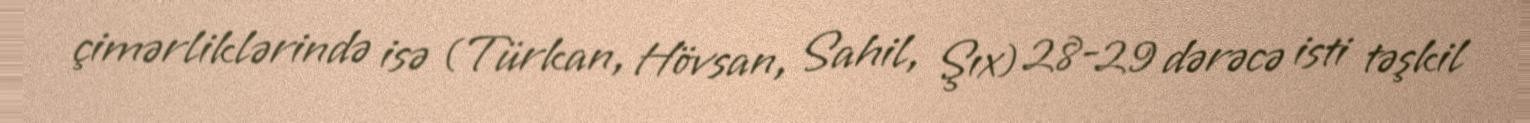
çimərliklərində isə (Türkan, Hövsan, Sahil, Şıx) 28-29 dərəcə isti təşkil